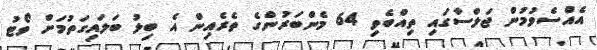
އެއްސެވުމުން ޖަލްސާގައި ތިއްބެވި 64 މެންބަރުންގެ ތެރެއިން އެ ބިލު ބަލައިގަތުމަށް ވޯޓު